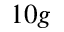
1 0 g